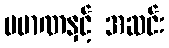
ပမာဏနှင့် အဆင်း